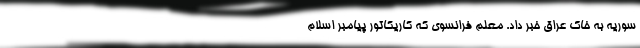
سوریه به خاک عراق خبر داد. معلم فرانسوی که کاریکاتور پیامبر اسلام